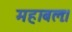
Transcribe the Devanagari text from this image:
महाबलः।